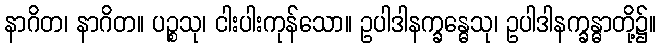
နာဂိတ၊ နာဂိတ။ ပဉ္စသု၊ ငါးပါးကုန်သော။ ဥပါဒါနက္ခန္ဓေသု၊ ဥပါဒါနက္ခန္ဓာတို့၌။